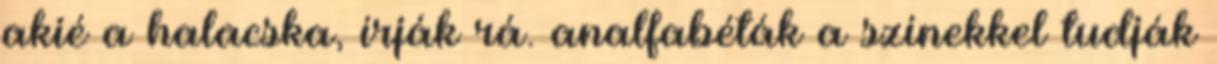
akié a halacska, írják rá. analfabéták a színekkel tudják